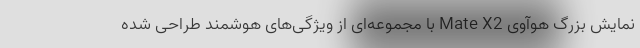
نمایش بزرگ هوآوی Mate X2 با مجموعه‌ای از ویژگی‌های هوشمند طراحی شده